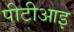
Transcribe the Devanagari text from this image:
पीटीआइ